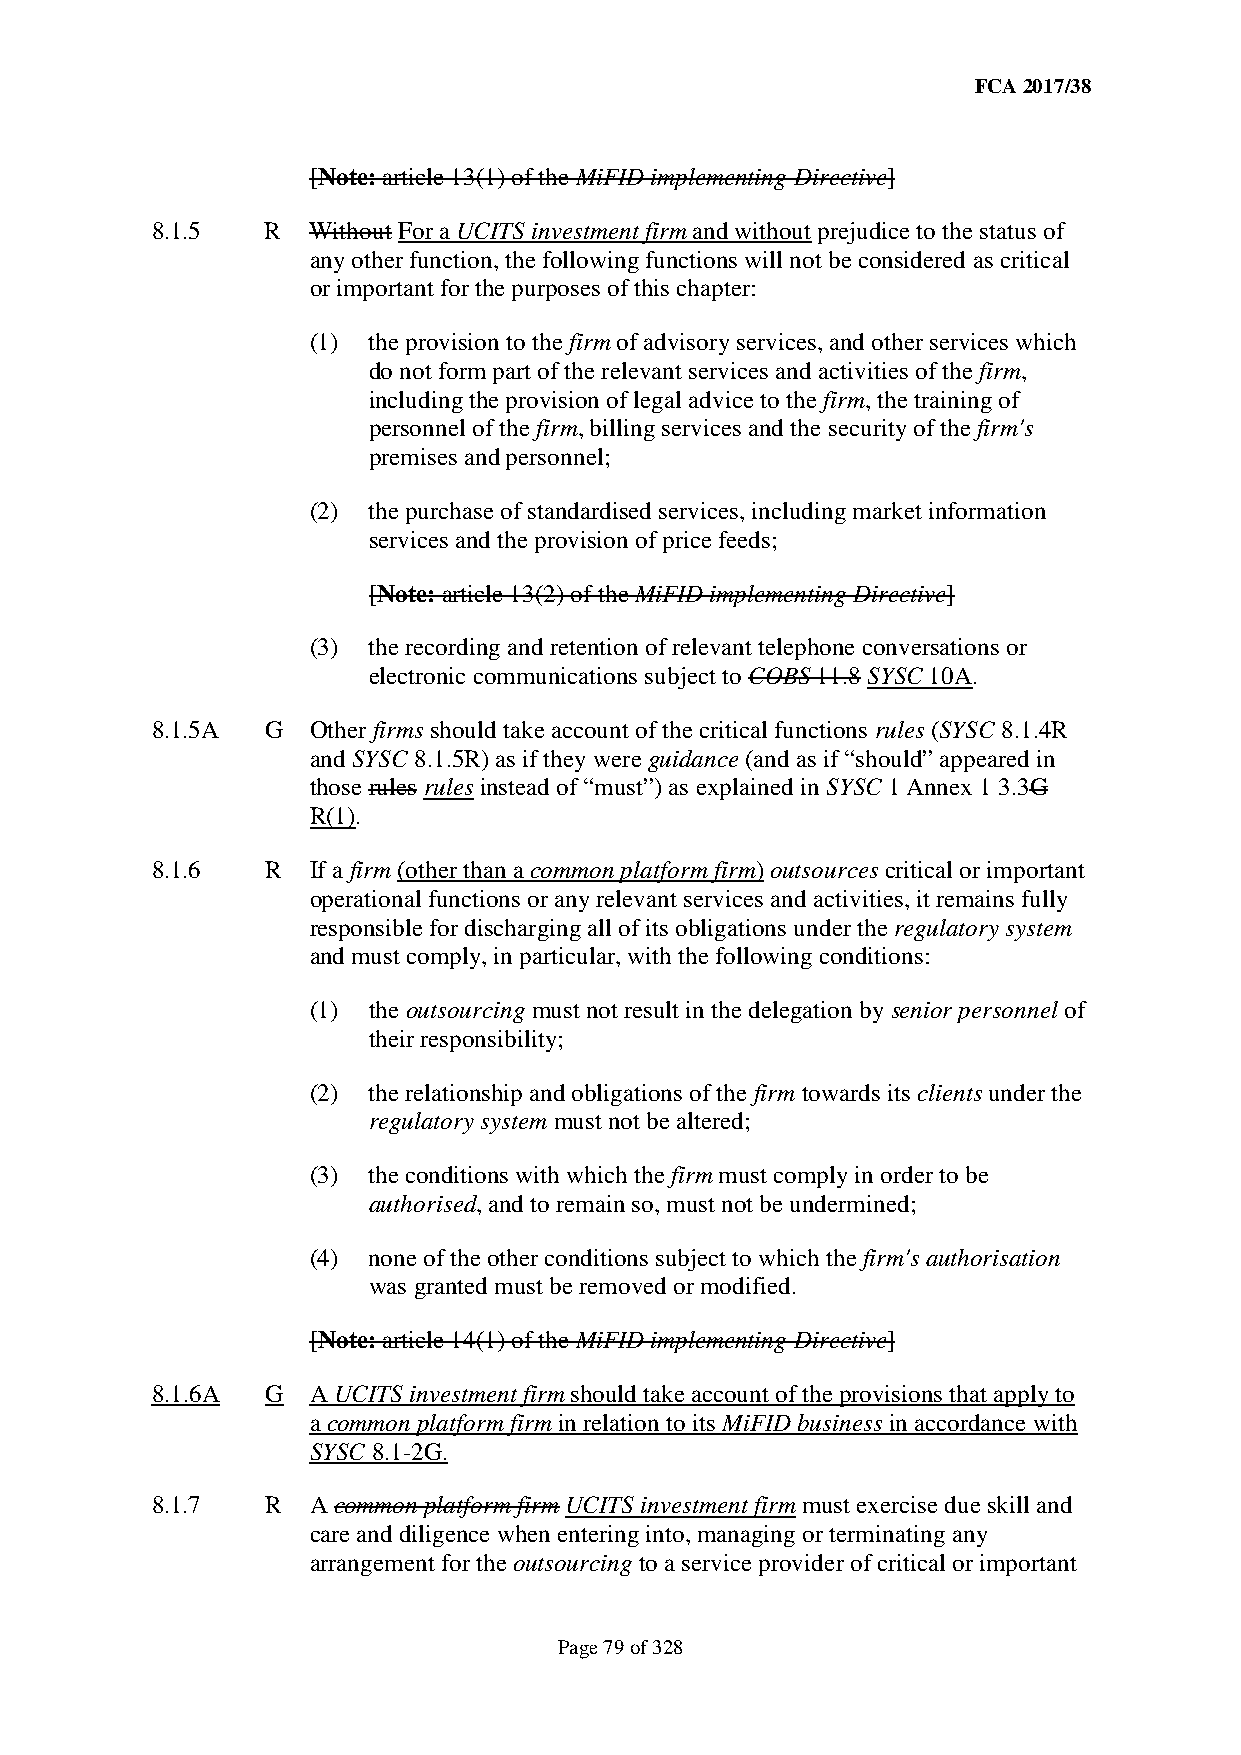
FCA 2017/38
 [Note: article 13(1) of the MiFID implementing Directive]
 8.1.5   R Without For a UCITS investment firm and without prejudice to the status of
 any other function, the following functions will not be considered as critical
 or important for the purposes of this chapter:
 (1) the provision to the firm of advisory services, and other services which
 do not form part of the relevant services and activities of the firm,
 including the provision of legal advice to the firm, the training of
 personnel of the firm, billing services and the security of the firm's
 premises and personnel;
 (2) the purchase of standardised services, including market information
 services and the provision of price feeds;
 [Note: article 13(2) of the MiFID implementing Directive]
 (3) the recording and retention of relevant telephone conversations or
 electronic communications subject to COBS 11.8 SYSC 10A.
 8.1.5A  G Other firms should take account of the critical functions rules (SYSC 8.1.4R
 and SYSC 8.1.5R) as if they were guidance (and as if “should” appeared in
 those rules rules instead of “must”) as explained in SYSC 1 Annex 1 3.3G
 R(1).
 8.1.6   R If a firm (other than a common platform firm) outsources critical or important
 operational functions or any relevant services and activities, it remains fully
 responsible for discharging all of its obligations under the regulatory system
 and must comply, in particular, with the following conditions:
 (1) the outsourcing must not result in the delegation by senior personnel of
 their responsibility;
 (2) the relationship and obligations of the firm towards its clients under the
 regulatory system must not be altered;
 (3) the conditions with which the firm must comply in order to be
 authorised, and to remain so, must not be undermined;
 (4) none of the other conditions subject to which the firm's authorisation
 was granted must be removed or modified.
 [Note: article 14(1) of the MiFID implementing Directive]
 8.1.6A  G A UCITS investment firm should take account of the provisions that apply to
 a common platform firm in relation to its MiFID business in accordance with
 SYSC 8.1-2G.
 8.1.7   R A common platform firm UCITS investment firm must exercise due skill and
 care and diligence when entering into, managing or terminating any
 arrangement for the outsourcing to a service provider of critical or important
 Page 79 of 328